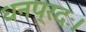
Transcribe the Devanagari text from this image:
धनप्रदः।